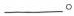
_______。